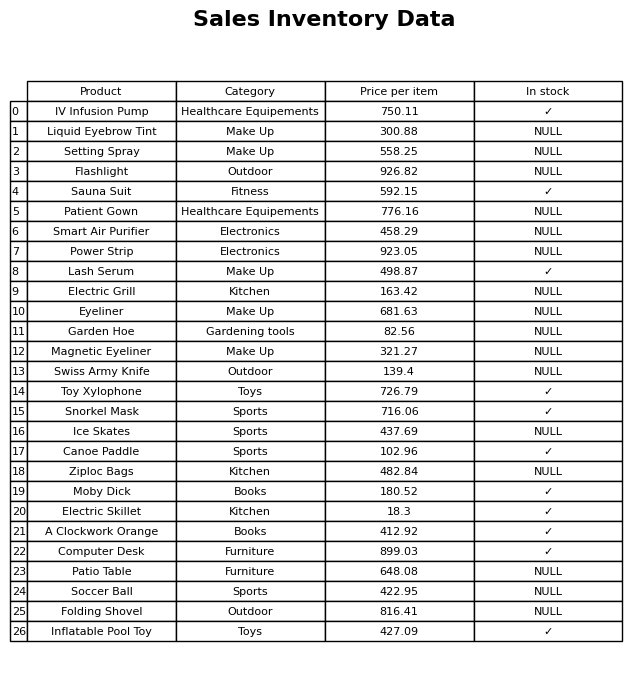
question: What is the price of the Snorkel Mask?
answer: The price of Snorkel Mask is 716.06.